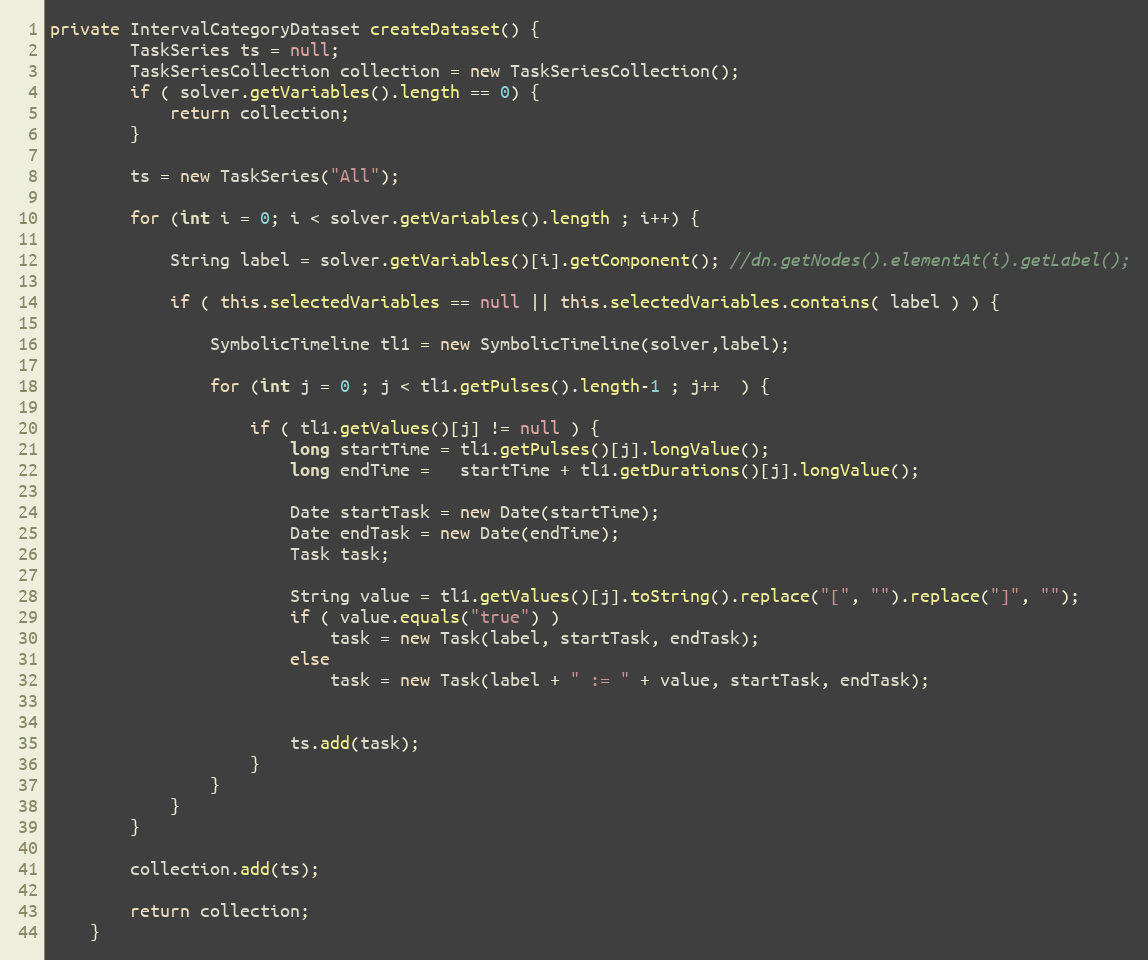
Language: Java
private IntervalCategoryDataset createDataset() {
		TaskSeries ts = null;
		TaskSeriesCollection collection = new TaskSeriesCollection();
		if ( solver.getVariables().length == 0) {
			return collection;
		}

		ts = new TaskSeries("All");

		for (int i = 0; i < solver.getVariables().length ; i++) {

			String label = solver.getVariables()[i].getComponent(); //dn.getNodes().elementAt(i).getLabel();

			if ( this.selectedVariables == null || this.selectedVariables.contains( label ) ) {

				SymbolicTimeline tl1 = new SymbolicTimeline(solver,label);

				for (int j = 0 ; j < tl1.getPulses().length-1 ; j++  ) {

					if ( tl1.getValues()[j] != null ) {
						long startTime = tl1.getPulses()[j].longValue();
						long endTime =   startTime + tl1.getDurations()[j].longValue();

						Date startTask = new Date(startTime);
						Date endTask = new Date(endTime);
						Task task;

						String value = tl1.getValues()[j].toString().replace("[", "").replace("]", "");
						if ( value.equals("true") )
							task = new Task(label, startTask, endTask);
						else
							task = new Task(label + " := " + value, startTask, endTask);

						ts.add(task);
					}
				}
			}
		}

		collection.add(ts);

		return collection;
	}